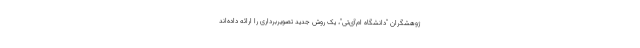
ژوهشگران "دانشگاه ام‌آی‌تی"، یک روش جدید تصویربرداری را ارائه داده‌اند